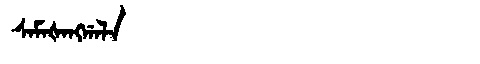
Manchu: ᠰᠠᠮᠠᡧᠠᠩᡤᠠᠯᠠ
Romanization: SAMAŠANGGALA